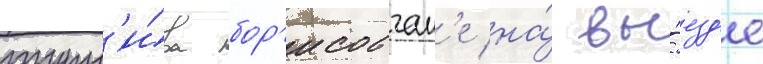
турн'и́ра бор'исовчан'е на́ вы́езд'е